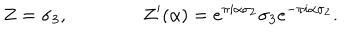
Z = \sigma _ { 3 } , \qquad \qquad Z ^ { \prime } ( \alpha ) = e ^ { \pi i \alpha \sigma _ { 2 } } \sigma _ { 3 } e ^ { - \pi i \alpha \sigma _ { 2 } } .